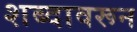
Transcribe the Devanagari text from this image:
शब्‍दावरून